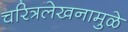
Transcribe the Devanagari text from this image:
चरित्रलेखनामुळे